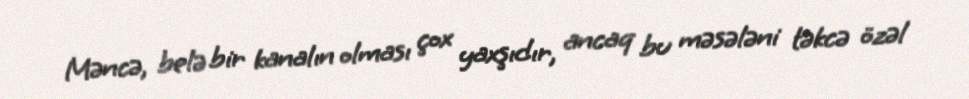
Məncə, belə bir kanalın olması çox yaxşıdır, ancaq bu məsələni təkcə özəl